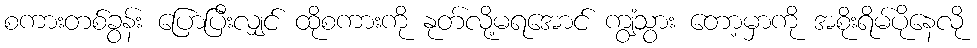
စကားတစ်ခွန်း ပြောပြီးလျှင် ထိုစကားကို နုတ်လို့မရအောင် ကျွံသွား တော့မှာကို အစိုးရိမ်ပိုနေလို